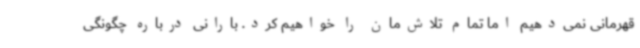
قهرمانی نمی‌دهیم اما تمام تلاش‌مان را خواهیم کرد. بارانی درباره چگونگی